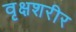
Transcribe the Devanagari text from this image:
वृक्षशरीर